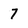
Character: 7